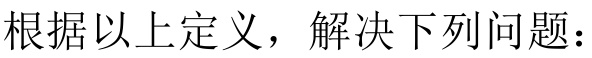
根据以上定义，解决下列问题：